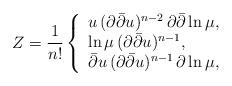
LaTeX: \begin{align*}Z= \frac{1}{n!} \left\{ \begin{array}{l} u \, ( \partial \bar{\partial} u )^{n-2} \, \partial \bar{\partial} \ln \mu, \\\ln \mu \, ( \partial \bar{\partial} u )^{n-1}, \\ \bar{\partial} u \,( \partial \bar{\partial} u )^{n-1} \, \partial \ln \mu,\end{array} \right.\end{align*}